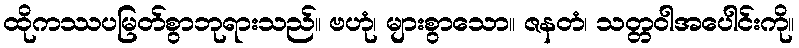
ထိုကဿပမြတ်စွာဘုရားသည်။ ဗဟုံ၊ များစွာသော။ ဇနတံ၊ သတ္တဝါအပေါင်းကို။